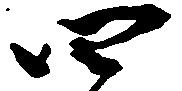
四